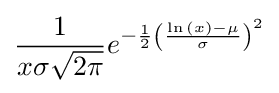
{\frac {1}{x\sigma {\sqrt {2\pi }}}}e^{-{\frac {1}{2}}\left({\frac {\ln \,(x)-\mu }{\sigma }}\right)^{2}}